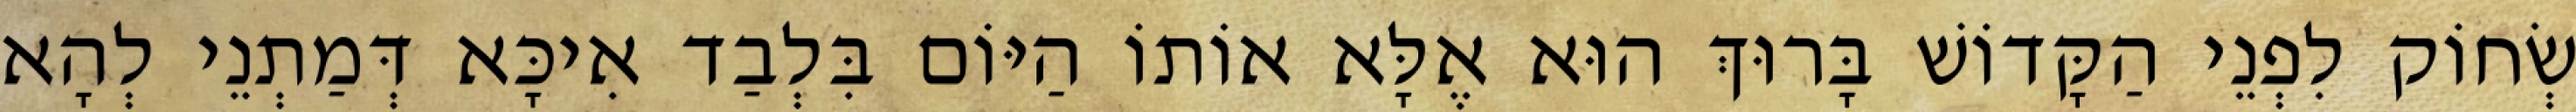
שְׂחוֹק לִפְנֵי הַקָּדוֹשׁ בָּרוּךְ הוּא אֶלָּא אוֹתוֹ הַיּוֹם בִּלְבַד אִיכָּא דְּמַתְנֵי לְהָא